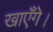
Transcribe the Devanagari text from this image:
खाएँगे।